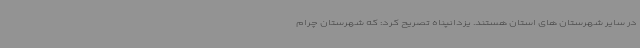
در سایر شهرستان های استان هستند. یزدانپناه تصریح کرد: که شهرستان چرام